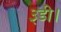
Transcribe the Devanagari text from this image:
३डी।